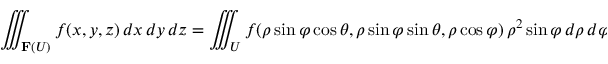
\iiint _ { \mathbf { F } ( U ) } f ( x , y , z ) \, d x \, d y \, d z = \iiint _ { U } f ( \rho \sin \varphi \cos \theta , \rho \sin \varphi \sin \theta , \rho \cos \varphi ) \, \rho ^ { 2 } \sin \varphi \, d \rho \, d \varphi \, d \theta .